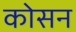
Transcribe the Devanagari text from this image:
कोसन